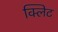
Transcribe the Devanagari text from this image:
क्लिट